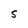
Character: 5